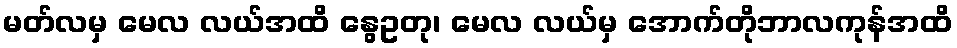
မတ်လမှ မေလ လယ်အထိ နွေဥတု၊ မေလ လယ်မှ အောက်တိုဘာလကုန်အထိ